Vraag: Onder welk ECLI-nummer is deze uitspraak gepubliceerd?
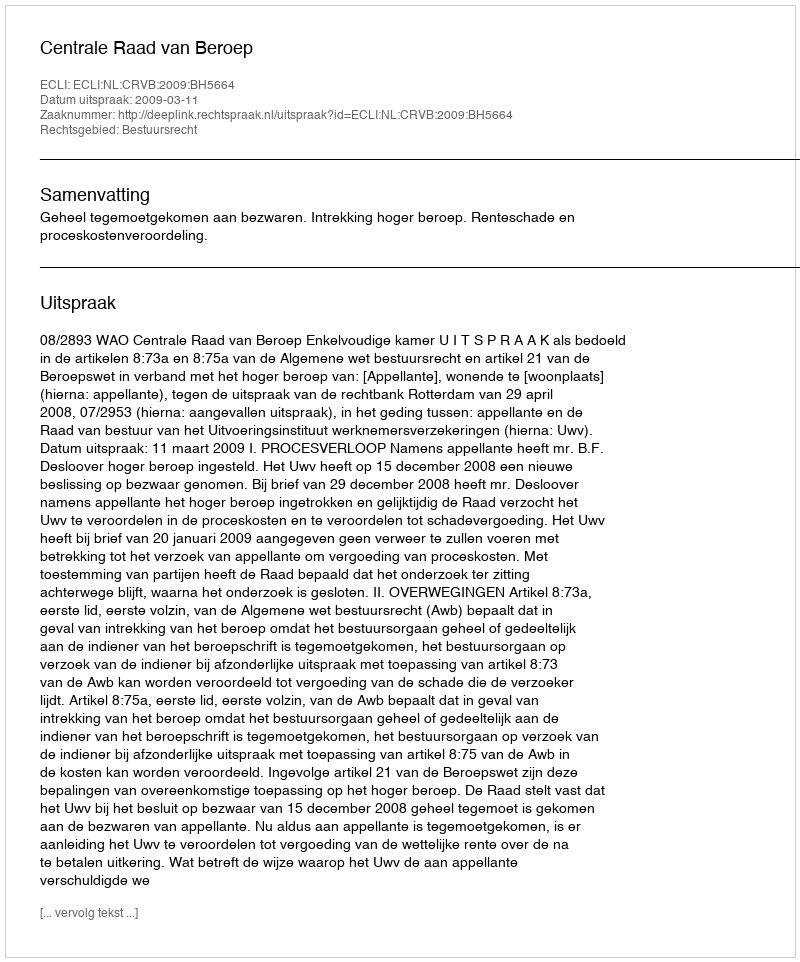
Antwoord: ECLI:NL:CRVB:2009:BH5664